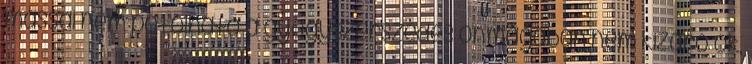
mással nem pótolható a gyógyszerszedés önmagában nem kizáró ok,